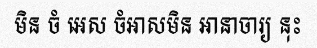
មិន ចំ អេស ចំអាសមិន អានាចារ្យ នុះ